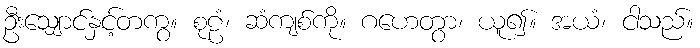
ဦးသျှောင်နှင့်တကွ။ စုဠံ၊ ဆံကျစ်ကို။ ဂဟေတွာ၊ ယူ၍။ အယံ၊ ငါသည်။